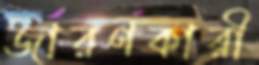
জারণকারী